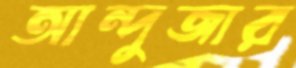
আন্দুজার